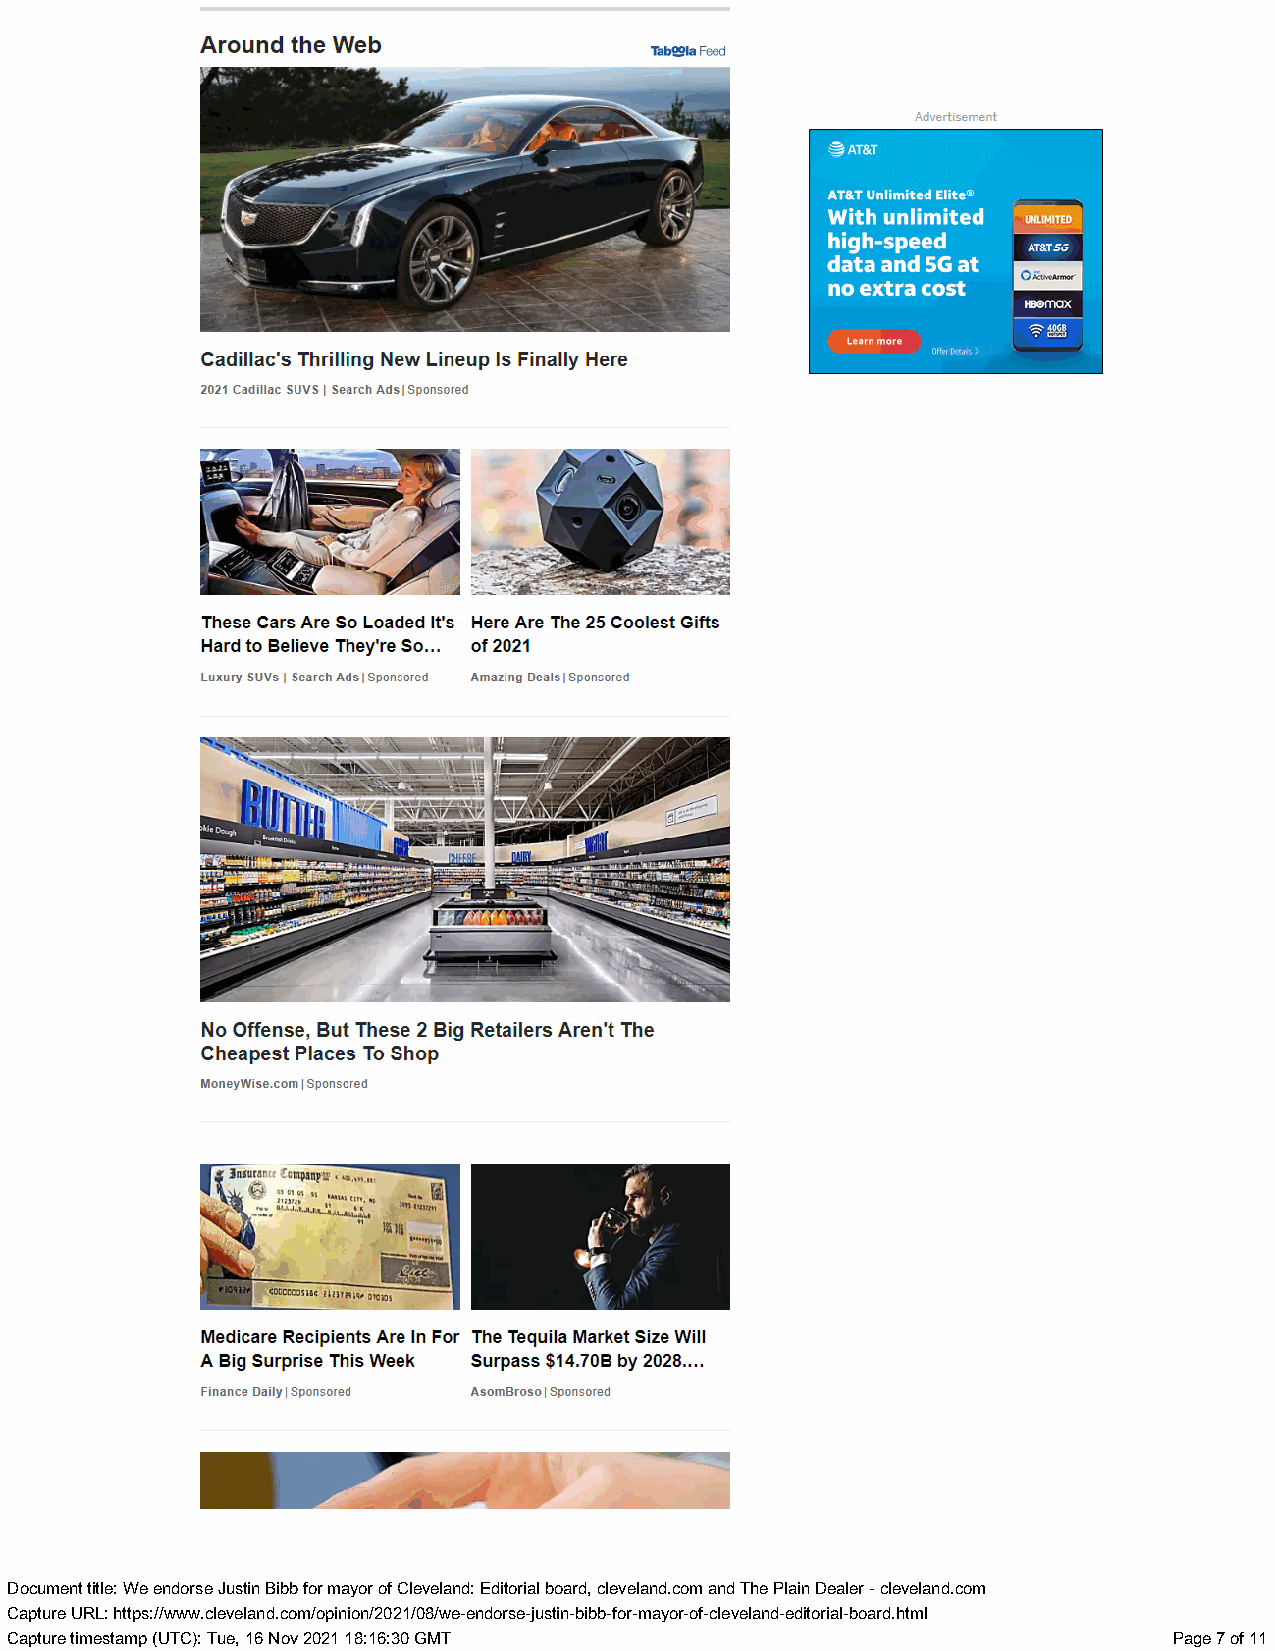
Around the Web                Tabla Feed
 =T Nr
 AT&T Unlimited Elite® - .
 With unlimited wie"
 high-speed  |w arss
 EYEE  ELE)
 no extra cost lo]
 HBOMAX
 = 268
 Learn more   Ol =o]
 Cadillac's Thrilling New Lineup Is Finally Here  Offer Detais >
 2021 Cadillac SUVS | Search Ads | Sponsored
 These Cars Are So Loaded It's Here Are The 25 Coolest Gifts
 Hard to Believe They're So... of 2021
 Luxury SUVs | Search Ads | Sponsored Amazing Deals | Sponsored
 No Offense, But These 2 Big Retailers Aren't The
 Cheapest Places To Shop
 MoneyWise| .Spconosomre d
 |
 Fnsur
 ©
 a nce
 c
 2C
 ao
 mo nnM yP A N yP Y a« ru
 an
 ,n 40 ,
 e d
 Cwm  4x
 ry pa FTE
 40000005 156 HHI ori
 Medicare Recipients Are In For The Tequila Market Size Will
 A Big Surprise This Week Surpass $14.70B by 2028....
 Finance Da|i Splonsyore d AsomBroso | Sponsored
 a
 DDooccuummenetn t ttiittllee: : WWee eennddoorrssee JJuusstitinn BBiibbbb ffoorr mmaayyoro r ooff CClleevveellaannd:d : EEddititooriraial l bbooaardr,d , cclleevveellaanndd..ccoomm aanndd TThhee PPllaaiinn DDeeaaleler r -- cclleevveellaanndd..ccoomm
 CCaapptuturere UURRL:L : hhttttppss::///w/wwwww..cclleevveellaanndd..ccoomm/o/opipninioionn/2/202012/10/80/8w/ew-een-deonrdsoe-rsjeus-jtuisnt-inbi-bbbib-bfo-fro-rm-amyoary-oorf--ocfl-celveevleanladn-edd-ietdoirtoiraila-l-bbooaradr.dh.htmtml l
 CCaapptuturere ttiimmeessttaammpp ((UUTTCC):) : TTuue,e , 1166 NNoovv 2200221 1 1188::1166::3300 GGMMTT PPaaggee 77 ooff 1111